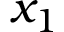
x _ { 1 }